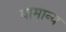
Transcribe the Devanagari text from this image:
वामान्य